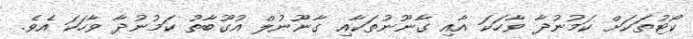
ކޯޓުތަކަށް ކަމުނުދާ ވާހަކަ އާއި ގާނޫނުތަކާއި ގާނޫނުލް އުގޫބާތު ކަމުނުދާ ވާހަކަ އެވެ.